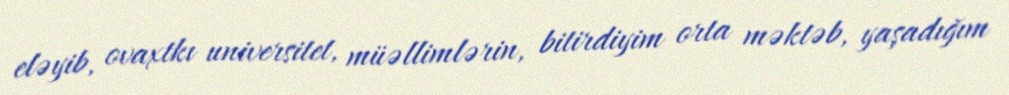
eləyib, ovaxtkı universitet, müəllimlərin, bitirdiyim orta məktəb, yaşadığım